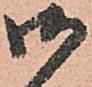
御